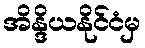
အိန္ဒိယနိုင်ငံမှ